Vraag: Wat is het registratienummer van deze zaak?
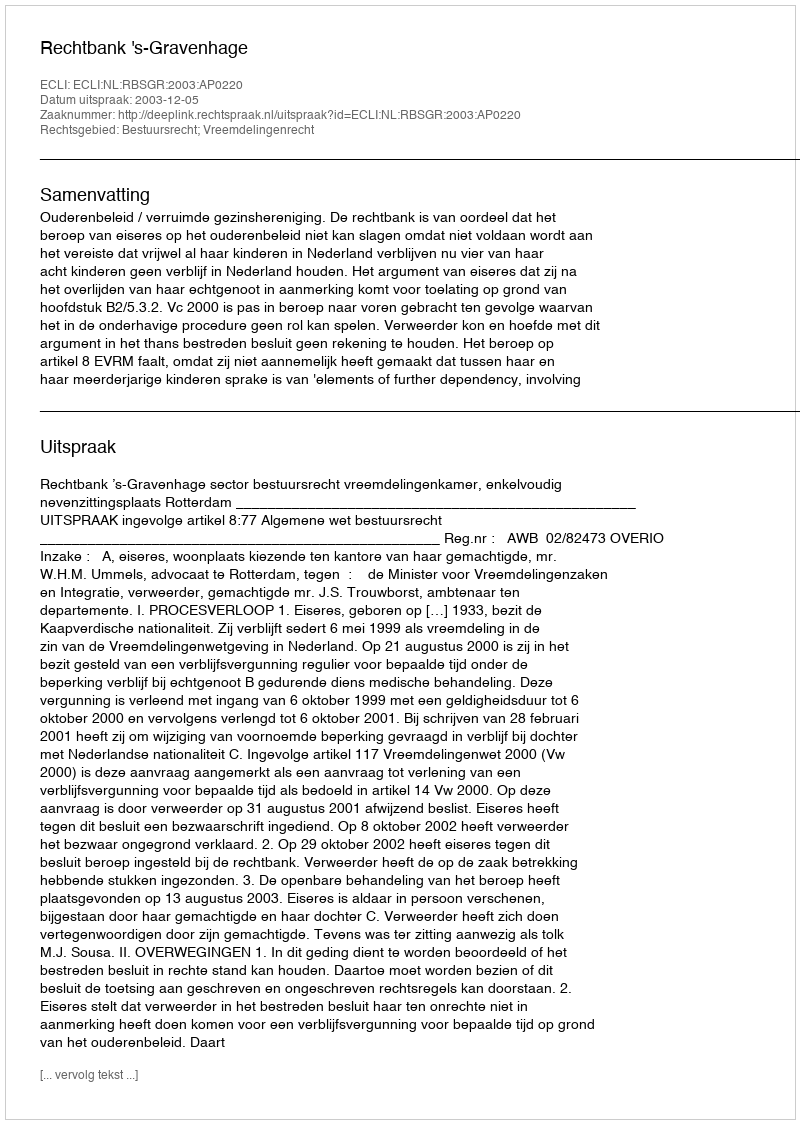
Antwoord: http://deeplink.rechtspraak.nl/uitspraak?id=ECLI:NL:RBSGR:2003:AP0220